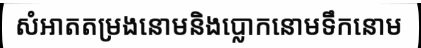
សំអាតតម្រងនោមនិងប្លោកនោមទឹកនោម